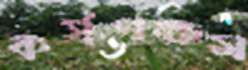
কর্ষণক্ষম